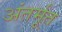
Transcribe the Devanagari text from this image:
अंतर्मूत